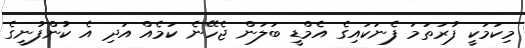
މިކަމަކީ ފުރަތަމަ ފެނަކައިގެ އެމްޑީ ބަލަން ޖެހޭނެ ކަމެއް އަދި އެ ކުންފުނީގެ